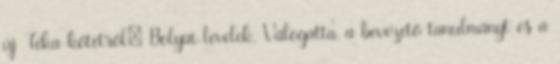
új Téka-kötetről: Bolyai-levelek. Válogatta, a bevezető tanulmányt és a